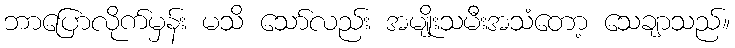
ဘာပြောလိုက်မှန်း မသိ သော်လည်း အမျိုးသမီးအသံတော့ သေချာသည်။